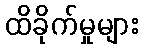
ထိခိုက်မှုများ